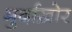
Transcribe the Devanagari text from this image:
मुर्दाख़ोर